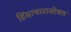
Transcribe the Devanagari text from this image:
हिंसाचारासोबत